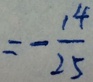
= - \frac { 1 4 } { 2 5 }